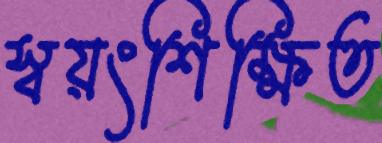
স্বয়ংশিক্ষিত